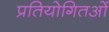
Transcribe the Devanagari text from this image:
प्रतियोगितओं